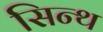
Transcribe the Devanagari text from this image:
सिन्थ